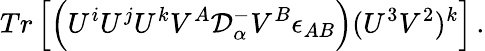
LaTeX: Tr\left[\left(U^{i}U^{j}U^{k}V^{A}{\cal D}_{\alpha}^{-}V^{B}\epsilon_{AB}\right)(U^{3}V^{2})^{k}\right]\, .